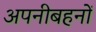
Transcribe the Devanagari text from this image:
अपनीबहनों